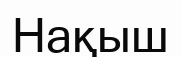
Нақыш